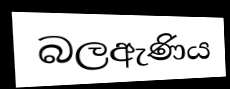
බලඇණිය